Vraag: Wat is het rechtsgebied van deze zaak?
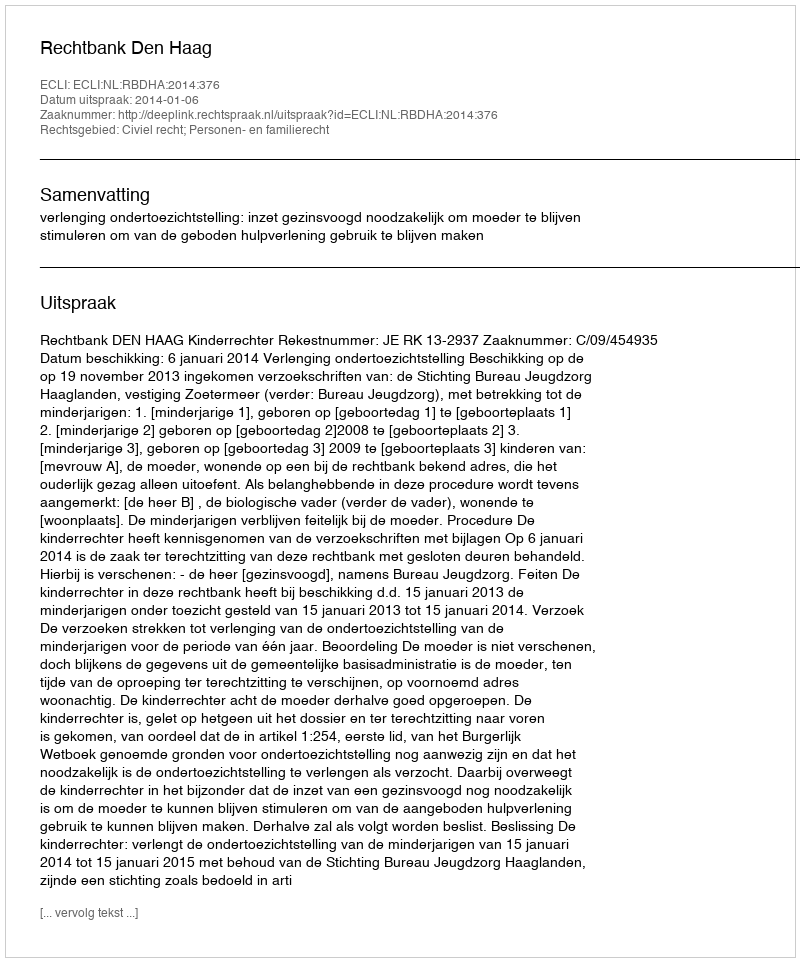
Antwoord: Civiel recht; Personen- en familierecht